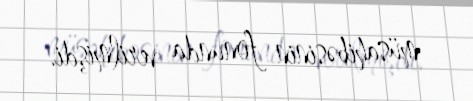
müsahibəsinin fonunda verilmişdi.